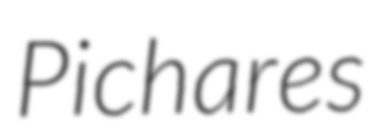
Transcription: Pichares